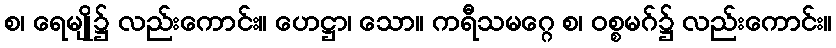
စ၊ ရေမျို၌ လည်းကောင်း။ ဟေဋ္ဌာ၊ သော။ ကရီသမဂ္ဂေ စ၊ ဝစ္စမဂ်၌ လည်းကောင်း။